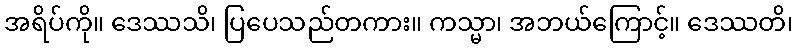
အရိပ်ကို။ ဒေဿသိ၊ ပြပေသည်တကား။ ကသ္မာ၊ အဘယ်ကြောင့်။ ဒေဿတိ၊